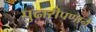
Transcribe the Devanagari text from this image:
पुढारीपणाने